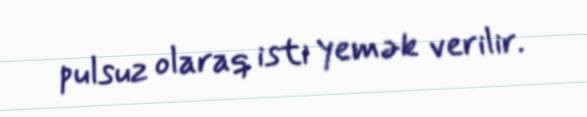
pulsuz olaraq isti yemək verilir.